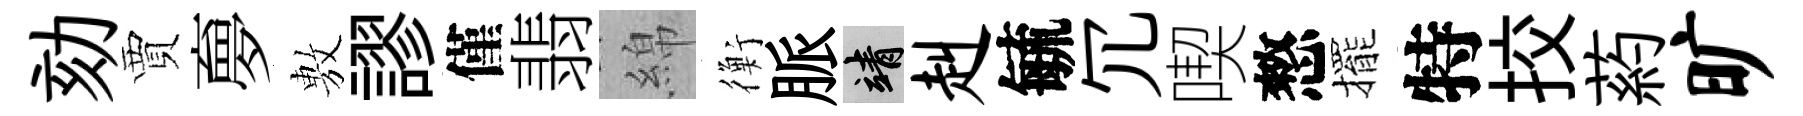
劾賈夣𢾾謬僅翡綿衡脈靖赳毓冗喫憗擺特挍葯旷